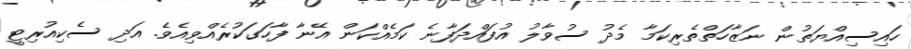
ހައިސިއްޔަތުން ނަޒާހަތްތެރިކަމާ މެދު ސުވާލު އުފައްދަފާނެ ކަމެއްކަން އޭނާ ފާހަގަކުރެއްވިއެވެ. އަދި ސެކިއުރިޓީ